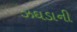
ઝઘડાની